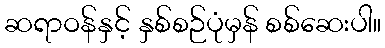
ဆရာဝန်နှင့် နှစ်စဉ်ပုံမှန် စစ်ဆေးပါ။